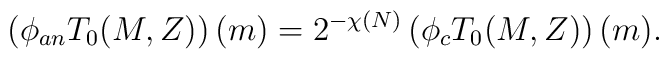
\left(\phi_{an}T_0(M,Z)\right)(m)=2^{-\chi(N)}\left(\phi_c T_0(M,Z)\right)(m).